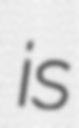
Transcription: is